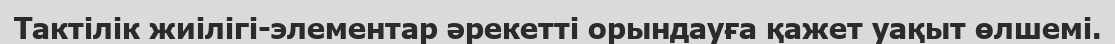
Тактілік жиілігі-элементар әрекетті орындауға қажет уақыт өлшемі.